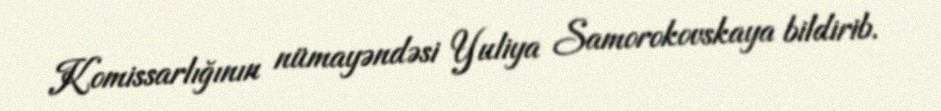
Komissarlığının nümayəndəsi Yuliya Samorokovskaya bildirib.